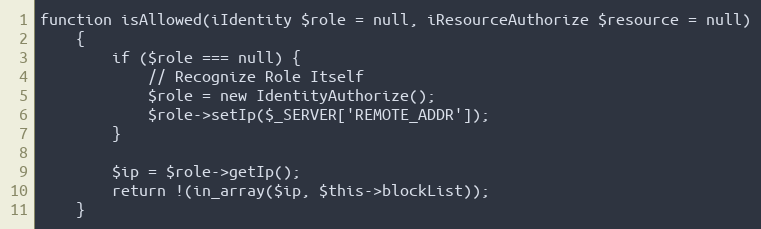
Language: PHP
function isAllowed(iIdentity $role = null, iResourceAuthorize $resource = null)
    {
        if ($role === null) {
            // Recognize Role Itself
            $role = new IdentityAuthorize();
            $role->setIp($_SERVER['REMOTE_ADDR']);
        }

        $ip = $role->getIp();
        return !(in_array($ip, $this->blockList));
    }